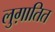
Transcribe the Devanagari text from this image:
लुग़ातित